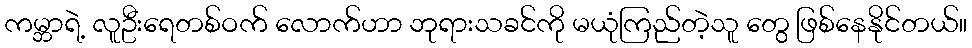
ကမ္ဘာရဲ့ လူဦးရေတစ်ဝက် လောက်ဟာ ဘုရားသခင်ကို မယုံကြည်တဲ့သူ တွေ ဖြစ်နေနိုင်တယ်။